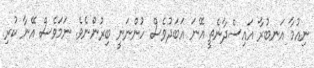
ނިއުމާ އަނބުރާ އައިސްދާނެތީ އޭނަ އަބަދުވެސް ހުންނަނީ ބިރުންނެވެ. ނަމަވެސް އޭނާ ކުރި